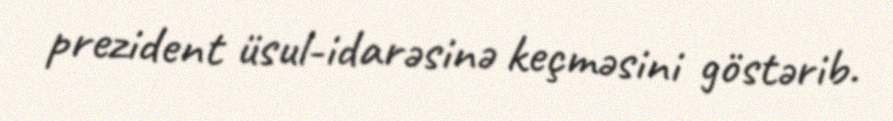
prezident üsul-idarəsinə keçməsini göstərib.